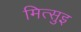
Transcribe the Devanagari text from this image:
मित्सुइ